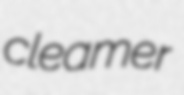
cleamer